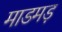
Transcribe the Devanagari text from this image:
माडमड़